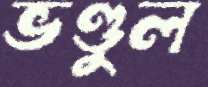
ভণ্ডুল